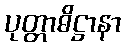
ပုတ္တာဓိဋ္ဌာနာ